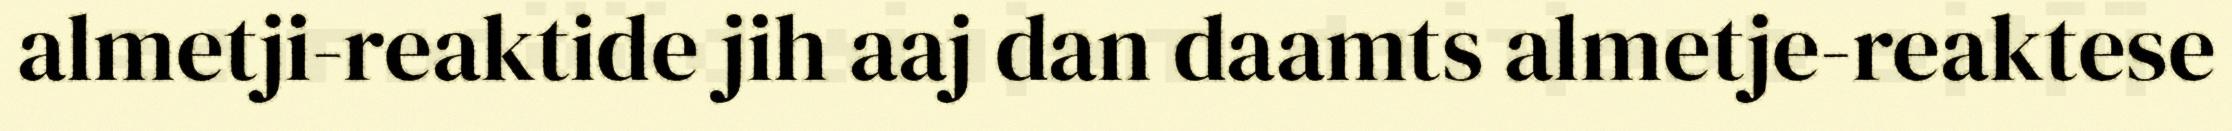
almetji-reaktide jih aaj dan daamts almetje-reaktese